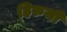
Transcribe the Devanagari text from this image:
हिरुजी